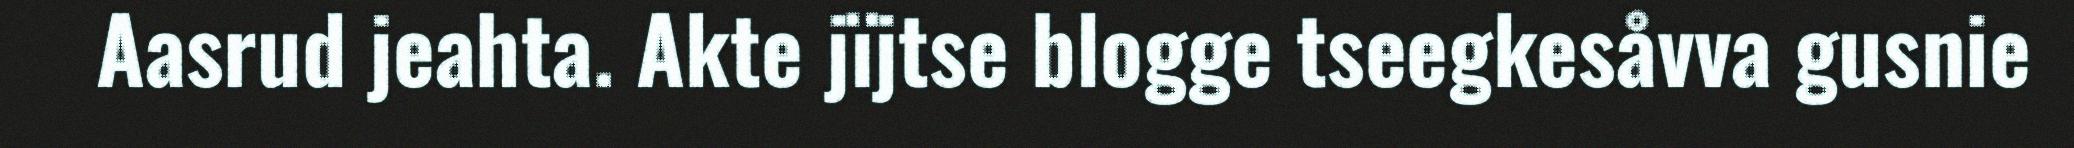
Aasrud jeahta. Akte jïjtse blogge tseegkesåvva gusnie